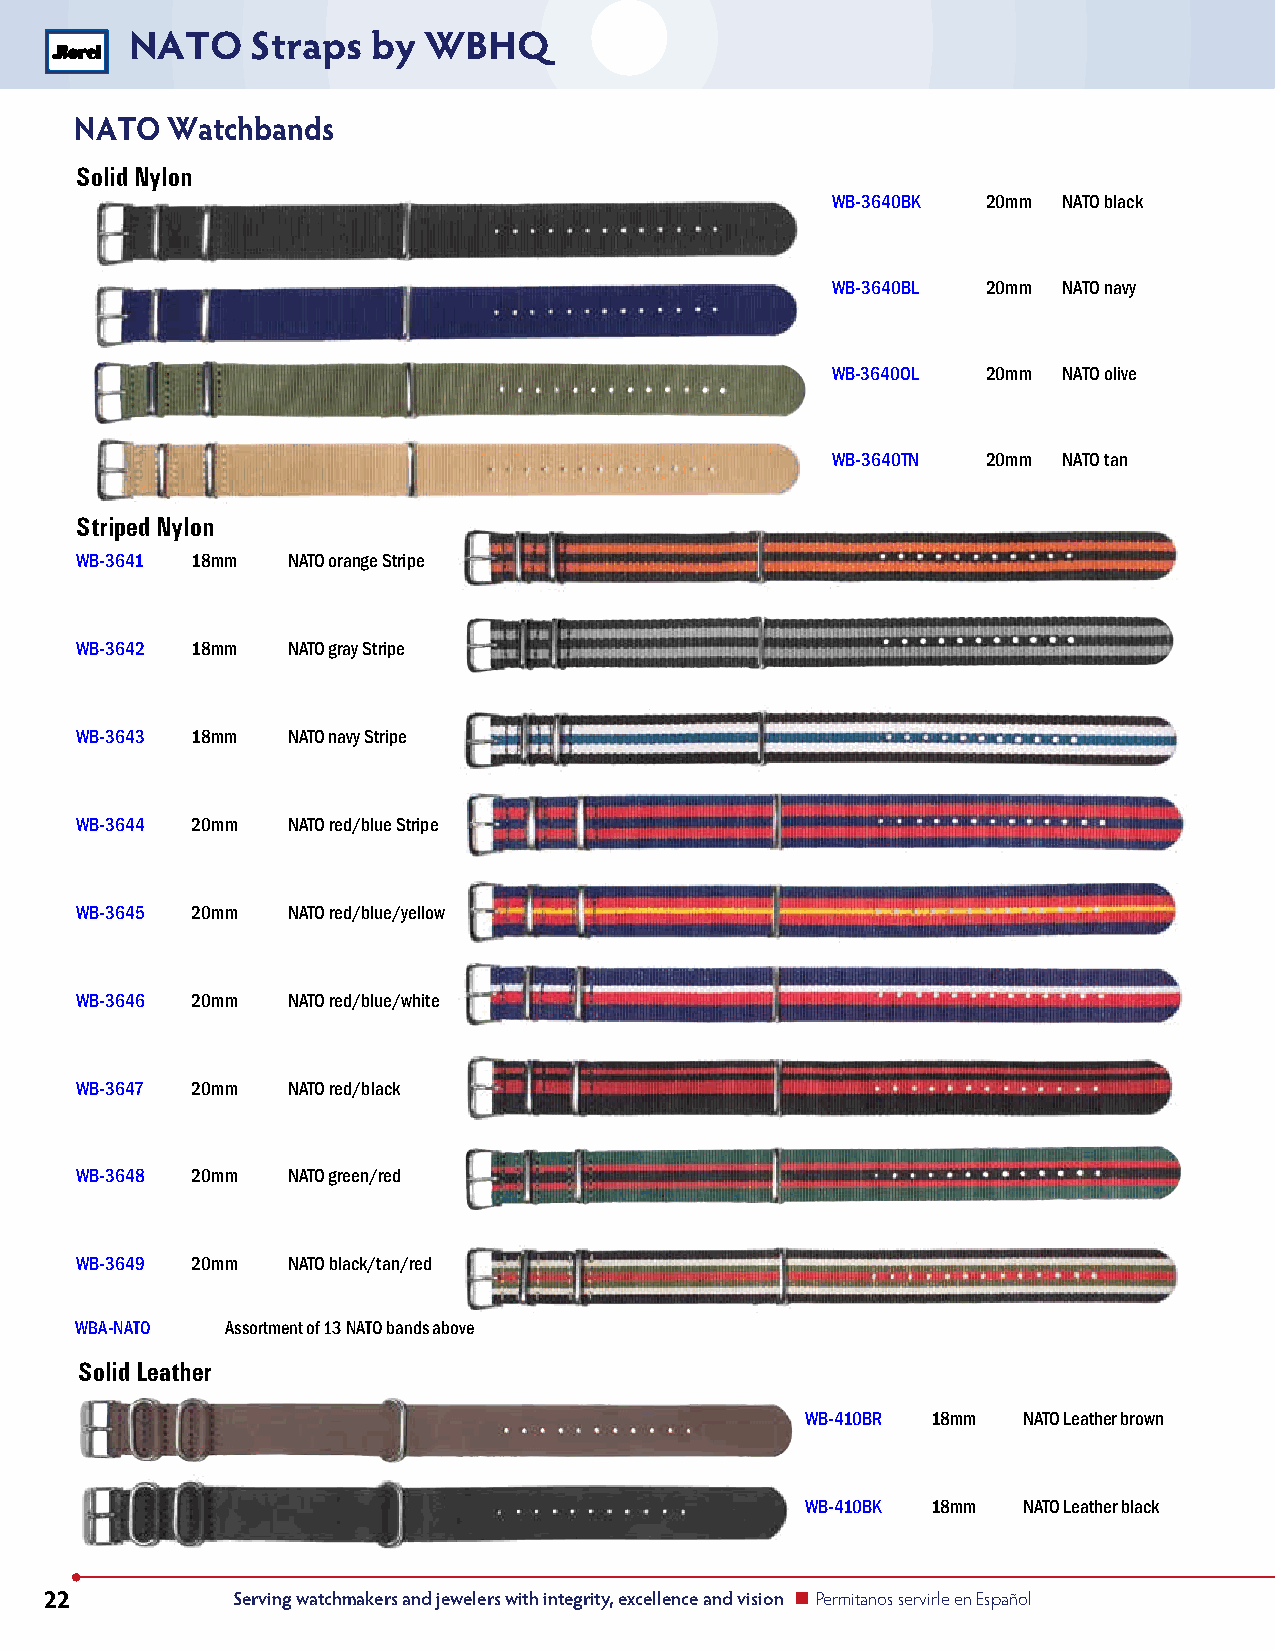
NATO    Straps  by WBHQ
 NATO  Watchbands
 Solid Nylon
 WB-3640BK 20mm NATO black
 WB-3640BL 20mm NATO navy
 WB-3640OL 20mm NATO olive
 WB-3640TN 20mm NATO tan
 Striped Nylon
 WB-3641 18mm  NATO orange Stripe
 WB-3642 18mm  NATO gray Stripe
 WB-3643 18mm  NATO navy Stripe
 WB-3644 20mm  NATO red/blue Stripe
 WB-3645 20mm  NATO red/blue/yellow
 WB-3646 20mm  NATO red/blue/white
 WB-3647 20mm  NATO red/black
 WB-3648 20mm  NATO green/red
 WB-3649 20mm  NATO black/tan/red
 WBA-NATO  Assortment of 13 NATO bands above
 Solid Leather
 WB-410BR 18mm  NATO Leather brown
 WB-410BK 18mm  NATO Leather black
 22          Serving watchmakers and jewelers with integrity, excellence and vision n Permitanos servirle en Español